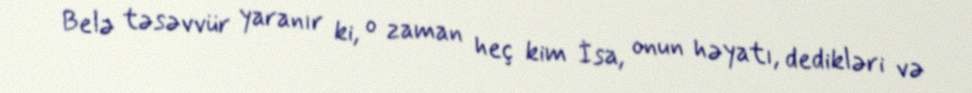
Belə təsəvvür yaranır ki, o zaman heç kim İsa, onun həyatı, dedikləri və